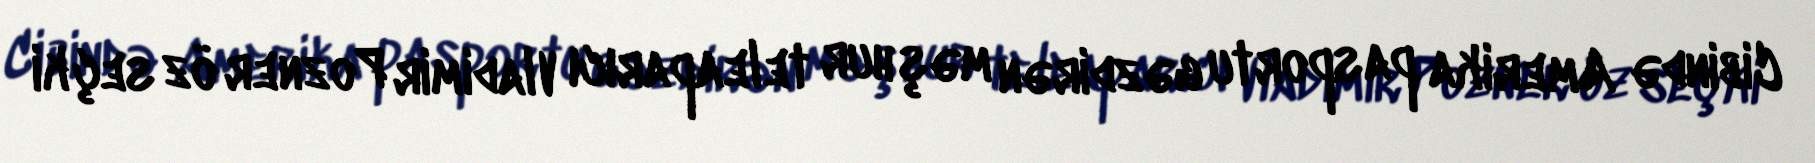
Cibində Amerika pasportu gəzdirən məşhur teleaparıcı Vladimir Pozner öz seçki